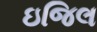
ઇજિલ